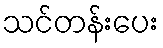
သင်တန်းပေး